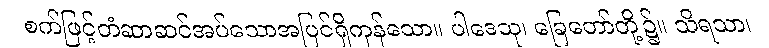
စက်ဖြင့်တံဆာဆင်အပ်သောအပြင်ရှိကုန်သော။ ပါဒေသု၊ ခြေတော်တို့၌။ သိရသာ၊